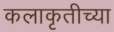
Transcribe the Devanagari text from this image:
कलाकृतीच्या